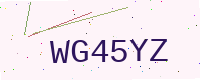
Text: WG45YZ